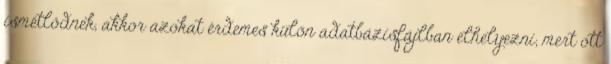
ismétlődnek, akkor azokat érdemes külön adatbázisfájlban elhelyezni, mert ott